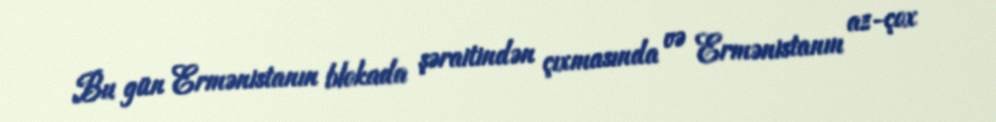
Bu gün Ermənistanın blokada şəraitindən çıxmasında və Ermənistanın az-çox